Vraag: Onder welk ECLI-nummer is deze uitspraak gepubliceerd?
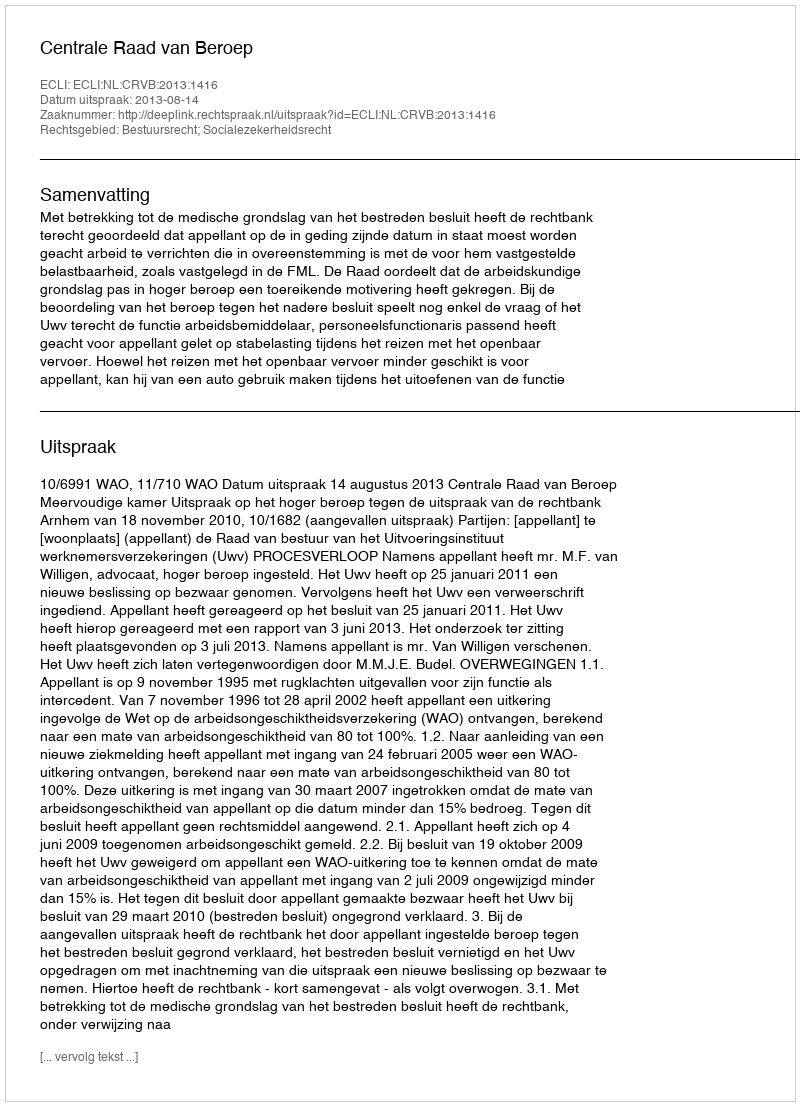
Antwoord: ECLI:NL:CRVB:2013:1416